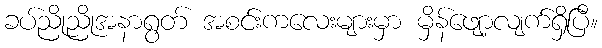
ခပ်ညိုညိုအနာရွတ် အစင်းကလေးများမှာ မှိန်ဖျော့လျက်ရှိပြီ။